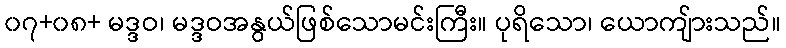
၀၇+၀၈+ မဒ္ဒဝ၊ မဒ္ဒဝအနွယ်ဖြစ်သောမင်းကြီး။ ပုရိသော၊ ယောကျ်ားသည်။